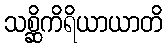
သစ္ဆိကိရိယာယာတိ